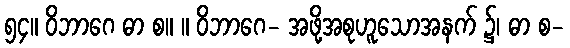
၅၄။ ဝိဘာဂေ ဓာ စ။ ။ ဝိဘာဂေ- အဖို့အစုဟူသောအနက် ၌၊ ဓာ စ-